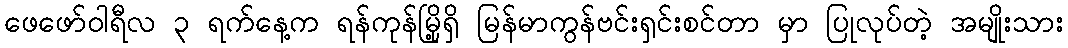
ဖေဖော်ဝါရီလ ၃ ရက်နေ့က ရန်ကုန်မြို့ရှိ မြန်မာကွန်ဗင်းရှင်းစင်တာ မှာ ပြုလုပ်တဲ့ အမျိုးသား